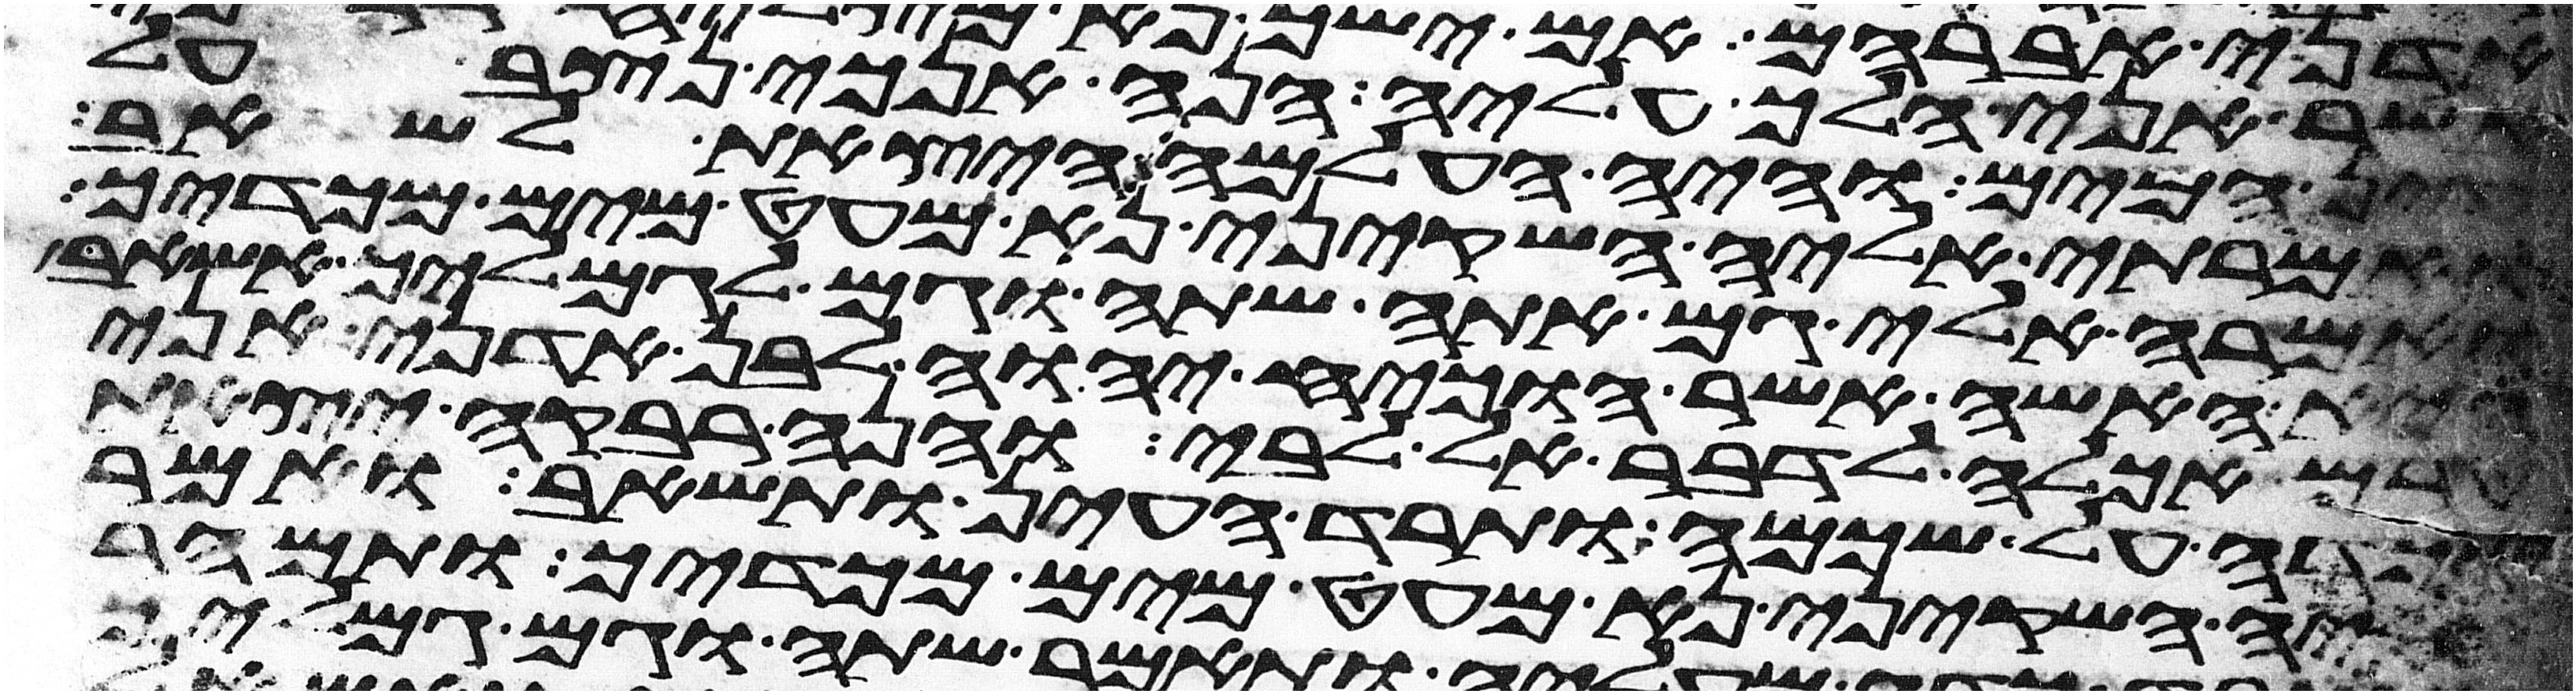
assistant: אשר אני הלך עליה הנה אנכי נצב על
עין המים והיה העלמה היצאת לשאב
ואמרתי אליה השקיני נא מעט מים מכדך
ואמרה אלי גם אתה שתה וגם לגמליך אשאב
היא האשה אשר הוכיח יהוה לבן אדני אני
טרם אכלה לדבר אל לבי והנה רבקה יצאת
וכדה על שכמה ותרד העין ותשאב ואמר
אליה השקיני נא מעט מים מכדך ותמהר